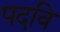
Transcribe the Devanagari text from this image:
पदवि